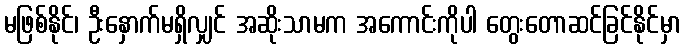
မဖြစ်နိုင်၊ ဦးနှောက်မရှိလျှင် အဆိုးသာမက အကောင်းကိုပါ တွေးတောဆင်ခြင်နိုင်မှာ